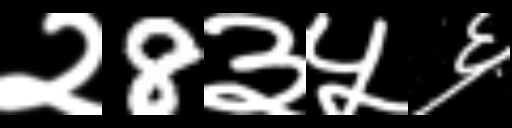
Text: २8३५६